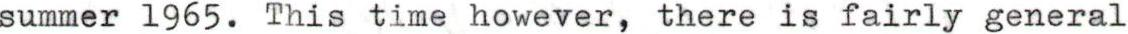
summer 165. This time however, there is fairly general